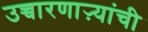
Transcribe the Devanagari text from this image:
उच्चारणाऱ्यांची